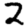
Digit: 2